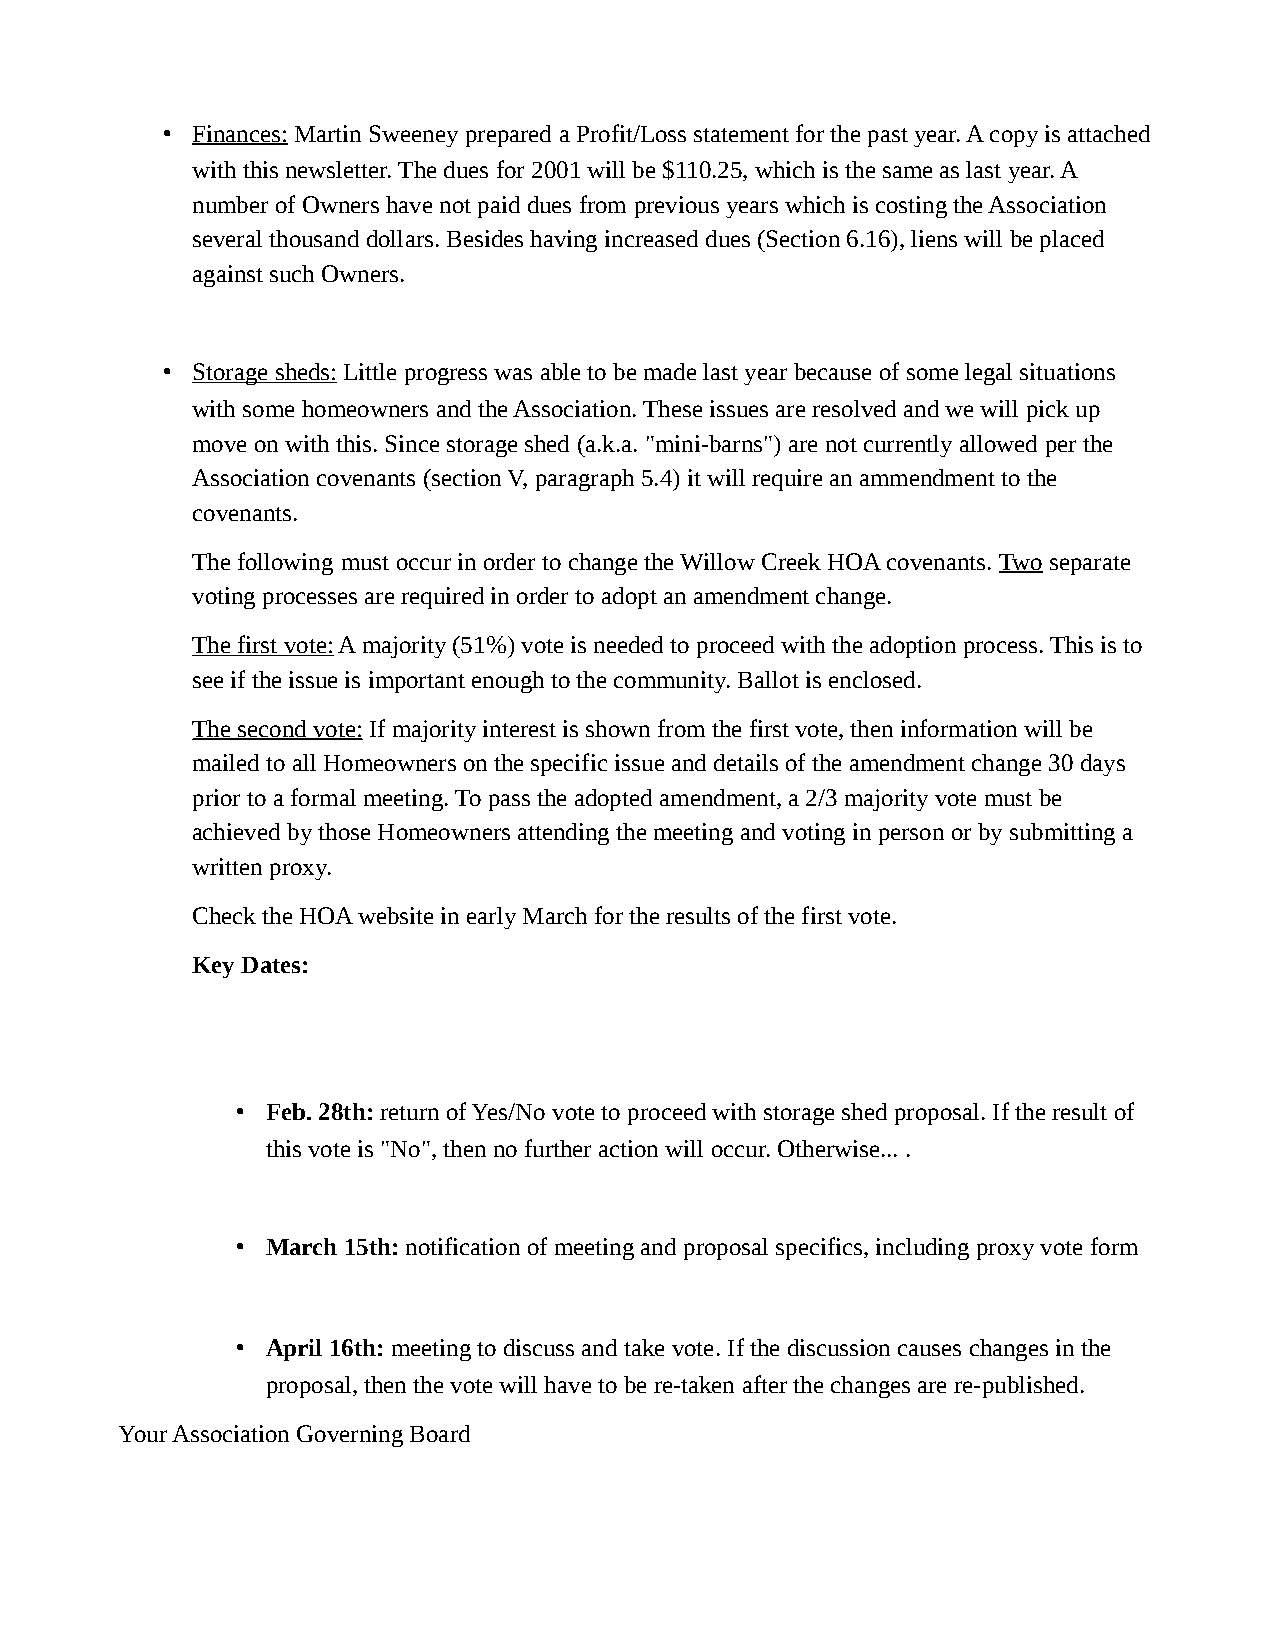
• Finances: Martin Sweeney prepared a Profit/Loss statement for the past year. A copy is attached
 with this newsletter. The dues for 2001 will be $110.25, which is the same as last year. A
 number of Owners have not paid dues from previous years which is costing the Association
 several thousand dollars. Besides having increased dues (Section 6.16), liens will be placed
 against such Owners.
 • Storage sheds: Little progress was able to be made last year because of some legal situations
 with some homeowners and the Association. These issues are resolved and we will pick up
 move on with this. Since storage shed (a.k.a. "mini-barns") are not currently allowed per the
 Association covenants (section V, paragraph 5.4) it will require an ammendment to the
 covenants.
 The following must occur in order to change the Willow Creek HOA covenants. Two separate
 voting processes are required in order to adopt an amendment change.
 The first vote: A majority (51%) vote is needed to proceed with the adoption process. This is to
 see if the issue is important enough to the community. Ballot is enclosed.
 The second vote: If majority interest is shown from the first vote, then information will be
 mailed to all Homeowners on the specific issue and details of the amendment change 30 days
 prior to a formal meeting. To pass the adopted amendment, a 2/3 majority vote must be
 achieved by those Homeowners attending the meeting and voting in person or by submitting a
 written proxy.
 Check the HOA website in early March for the results of the first vote.
 Key Dates:
 • Feb. 28th: return of Yes/No vote to proceed with storage shed proposal. If the result of
 this vote is "No", then no further action will occur. Otherwise... .
 • March 15th: notification of meeting and proposal specifics, including proxy vote form
 • April 16th: meeting to discuss and take vote. If the discussion causes changes in the
 proposal, then the vote will have to be re-taken after the changes are re-published.
 Your Association Governing Board